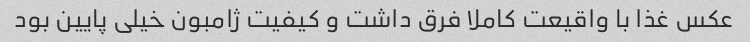
عکس غذا با واقیعت کاملا فرق داشت و کیفیت ژامبون خیلی پایین بود